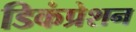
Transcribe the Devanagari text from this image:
डिकंप्रेशन